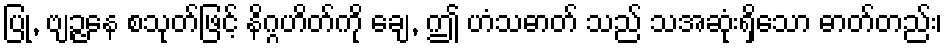
ပြု, ဗျဉ္ဇနေ စသုတ်ဖြင့် နိဂ္ဂဟိတ်ကို ချေ, ဤ ဟံသဓာတ် သည် သအဆုံးရှိသော ဓာတ်တည်း၊